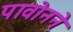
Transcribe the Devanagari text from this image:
पावोनने